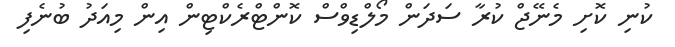
ކުނި ކޮށި މެނޭޖް ކުރާ ސަދަން މޯލްޑިވްސް ކޮންޓްރެކްޓިން އިން މިއަދު ބުނެފި